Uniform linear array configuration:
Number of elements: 32
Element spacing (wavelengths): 0.75
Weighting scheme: cosine
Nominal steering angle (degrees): -60
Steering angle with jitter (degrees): -61.846
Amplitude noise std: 0.05
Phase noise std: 0.05

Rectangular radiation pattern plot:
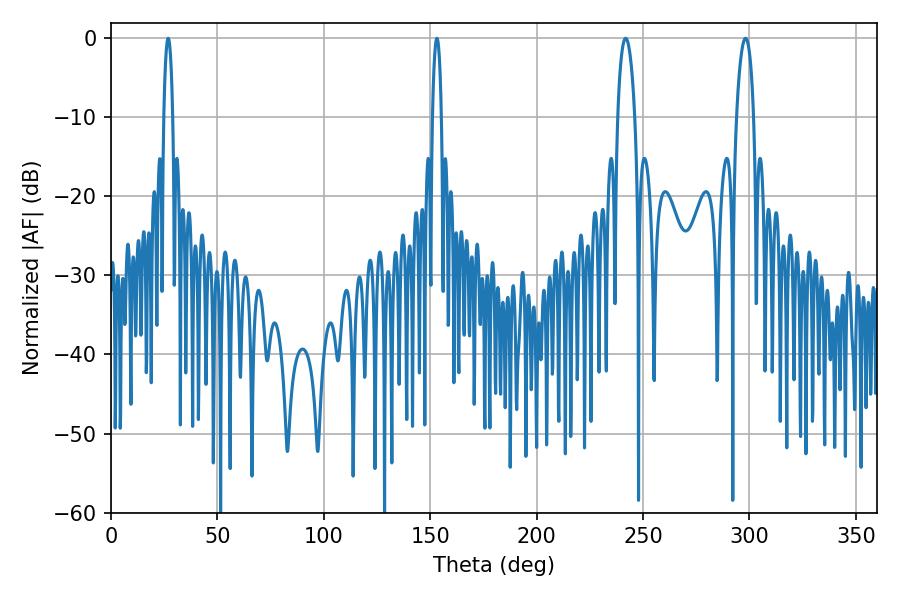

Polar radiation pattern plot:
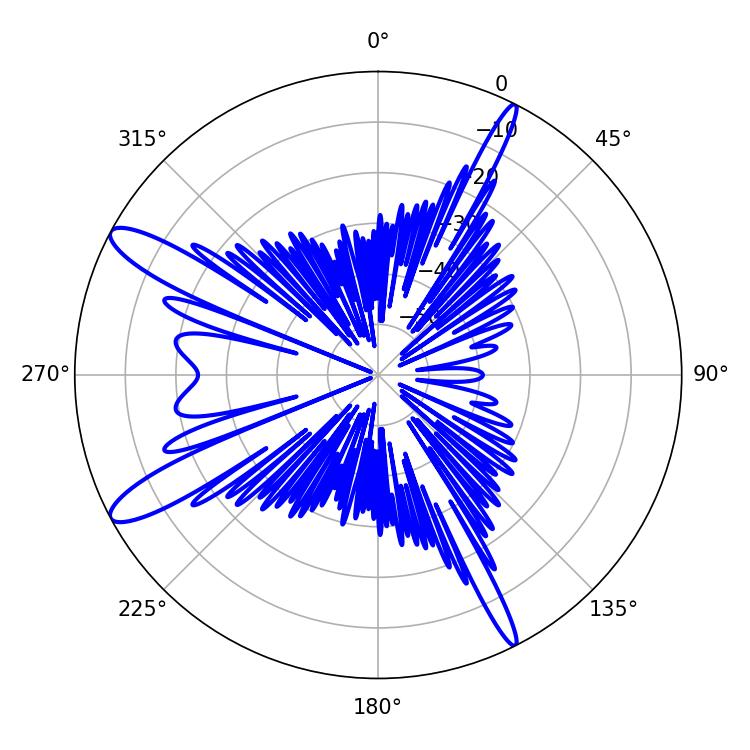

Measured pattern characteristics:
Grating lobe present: TRUE
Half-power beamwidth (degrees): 2.34
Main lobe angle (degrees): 26.82